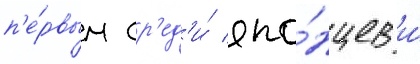
п'е́рвым ср'ед'и́ япо́нцев и́